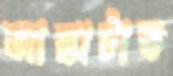
আস্তাটাত